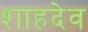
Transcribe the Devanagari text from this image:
शाहदेव